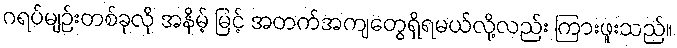
ဂရပ်မျဉ်းတစ်ခုလို အနိမ့် မြင့် အတက်အကျတွေရှိရမယ်လို့လည်း ကြားဖူးသည်။